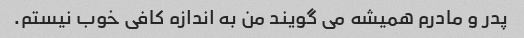
پدر و مادرم همیشه می گویند من به اندازه کافی خوب نیستم.